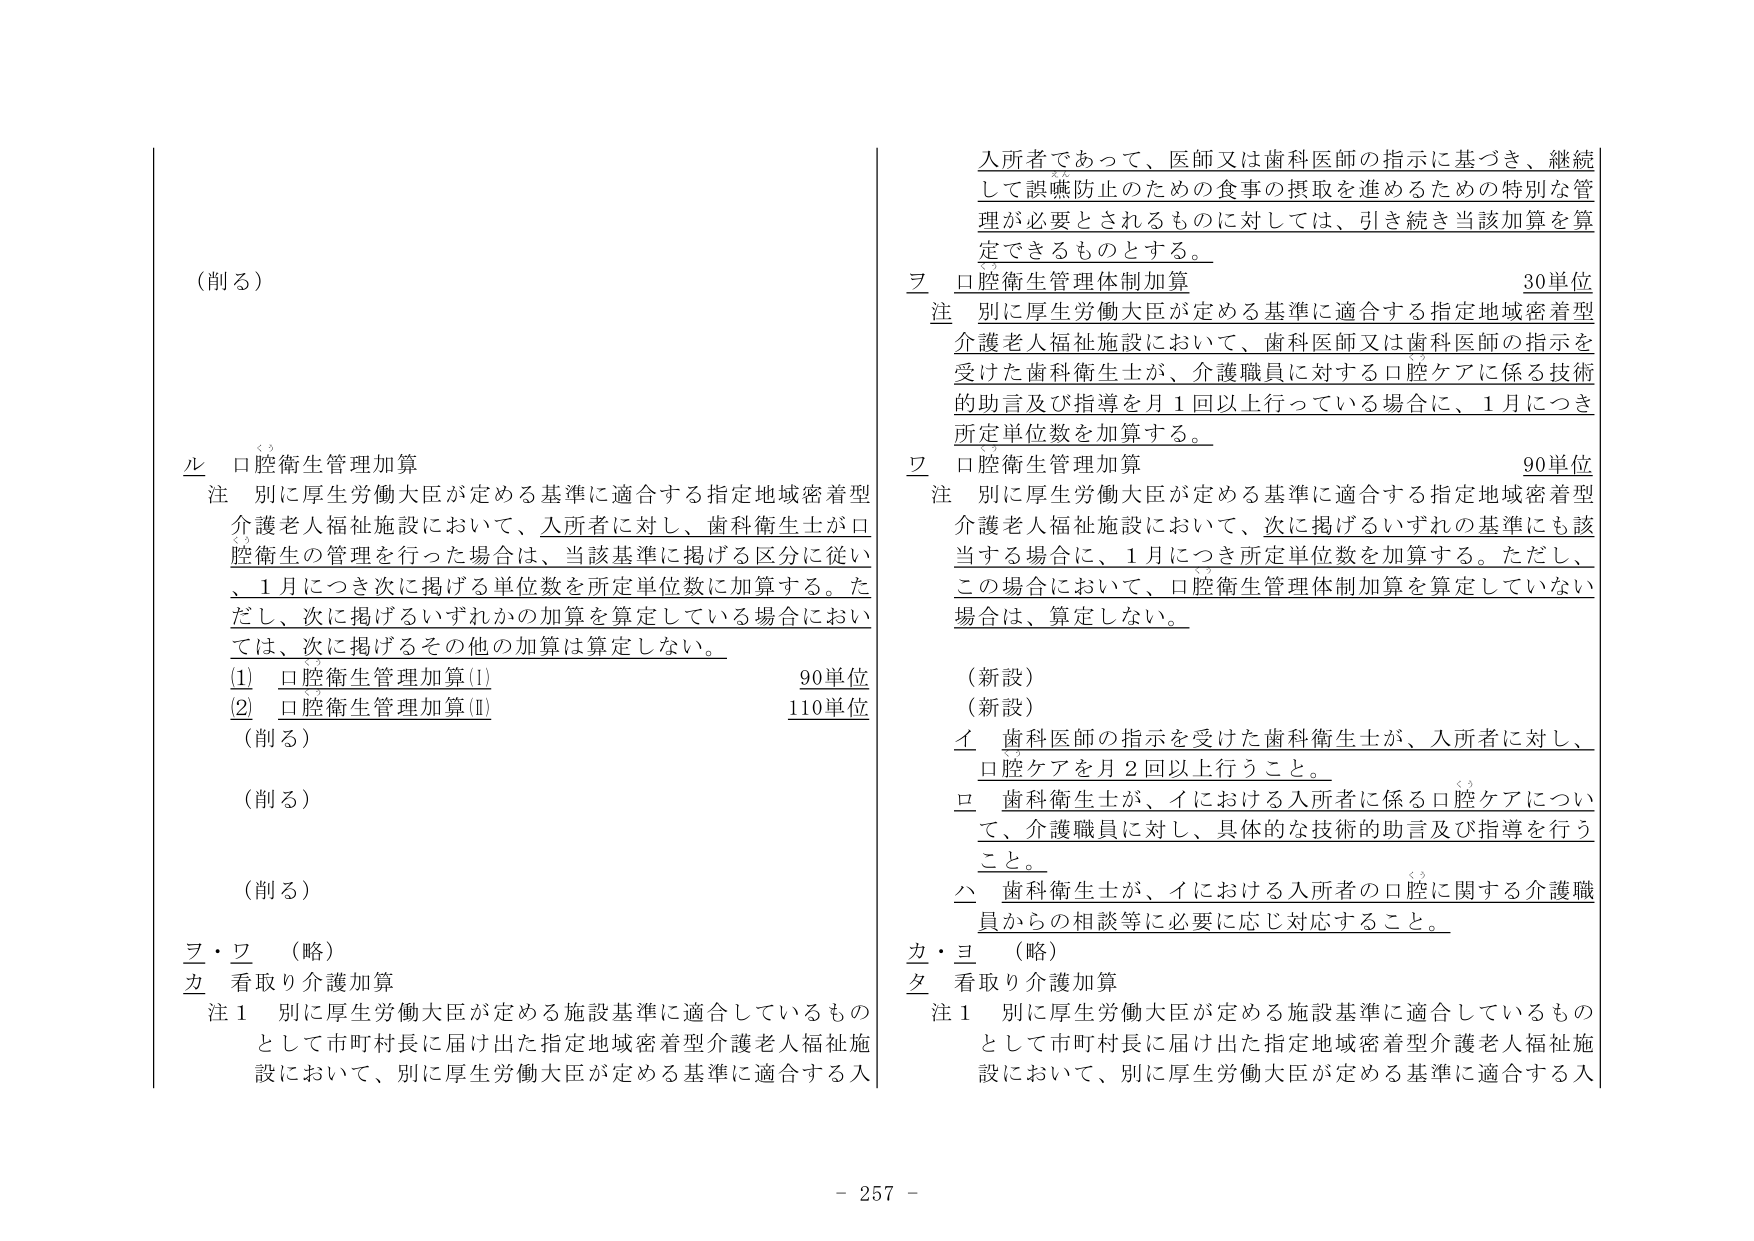
（削る）

ル　口腔衛生管理加算
注　別に厚生労働大臣が定める基準に適合する指定地域密着型介護老人福祉施設において、入所者に対し、歯科衛生士が口腔衛生の管理を行った場合は、当該基準に掲げる区分に従い、1月につき次に掲げる単位数を所定単位数に加算する。ただし、次に掲げるいずれかの加算を算定している場合においては、次に掲げるその他の加算は算定しない。
(1)　口腔衛生管理加算(I)　　　　　　　　　　　　　90単位
(2)　口腔衛生管理加算(II)　　　　　　　　　　　　　110単位
（削る）
（削る）
（削る）
ヲ・ワ　（略）
カ　看取り介護加算
注1　別に厚生労働大臣が定める施設基準に適合しているものとして市町村長に届け出た指定地域密着型介護老人福祉施設において、別に厚生労働大臣が定める基準に適合する入

入所者であって、医師又は歯科医師の指示に基づき、継続して誤嚥防止のための食事の摂取を進めるための特別な管理が必要とされるものに対しては、引き続き当該加算を算定できるものとする。
ヲ　口腔衛生管理体制加算　　　　　　　　　　　　　30単位
注　別に厚生労働大臣が定める基準に適合する指定地域密着型介護老人福祉施設において、歯科医師又は歯科医師の指示を受けた歯科衛生士が、介護職員に対する口腔ケアに係る技術的助言及び指導を月1回以上行っている場合に、1月につき所定単位数を加算する。
ワ　口腔衛生管理加算　　　　　　　　　　　　　　　90単位
注　別に厚生労働大臣が定める基準に適合する指定地域密着型介護老人福祉施設において、次に掲げるいずれの基準にも該当する場合に、1月につき所定単位数を加算する。ただし、この場合において、口腔衛生管理体制加算を算定していない場合は、算定しない。
（新設）
（新設）
イ　歯科医師の指示を受けた歯科衛生士が、入所者に対し、口腔ケアを月2回以上行うこと。
ロ　歯科衛生士が、イにおける入所者に係る口腔ケアについて、介護職員に対し、具体的な技術的助言及び指導を行うこと。
ハ　歯科衛生士が、イにおける入所者の口腔に関する介護職員からの相談等に必要に応じ対応すること。
カ・ヨ　（略）
タ　看取り介護加算
注1　別に厚生労働大臣が定める施設基準に適合しているものとして市町村長に届け出た指定地域密着型介護老人福祉施設において、別に厚生労働大臣が定める基準に適合する入

- 257 -